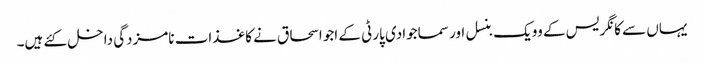
یہاں سے کانگریس کے وویک بنسل اور سماجوادی پارٹی کے اجو اسحاق نے کاغذات نامزدگی داخل کئے ہیں۔